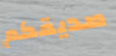
صديقكم